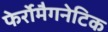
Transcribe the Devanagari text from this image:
फेर्रोमैगनेटिक